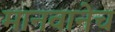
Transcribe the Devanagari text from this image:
मानवानेच